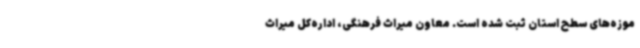
موزه‌های سطح استان ثبت شده است. معاون میراث فرهنگی، اداره‌کل میراث